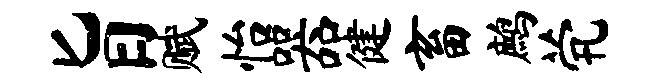
旨赋怡器健畜鹧茕